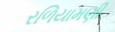
રળિયામણી